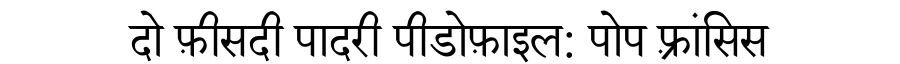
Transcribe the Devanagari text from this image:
दो फ़ीसदी पादरी पीडोफ़ाइल: पोप फ़्रांसिस